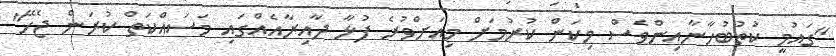
"ގައުމީ ކުތުބުހާނާއިންވެސް މިކަން ކުރުމަށް މިއަށްވުރެ ފުޅާ ދާއިރާއެއްގައި މަސައްކަތް ކުރަން ޖެހޭ"